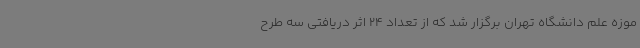
موزه علم دانشگاه تهران برگزار شد که از تعداد 24 اثر دریافتی سه طرح